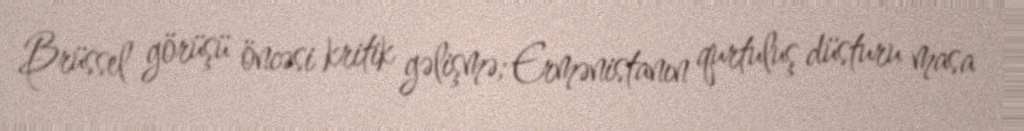
Brüssel görüşü öncəsi kritik gəlişmə; Ermənistanın qurtuluş düsturu masa